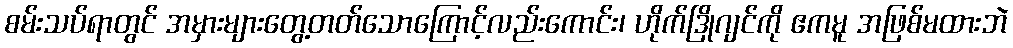
စမ်းသပ်ရာတွင် အမှားများတွေ့တတ်သောကြောင့်လည်းကောင်း၊ ဟိုက်ဒြိုဂျင်ကို ဧကမူ အဖြစ်မထားဘဲ